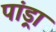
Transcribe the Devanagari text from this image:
पांड्रा